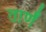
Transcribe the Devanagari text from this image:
तार्णं